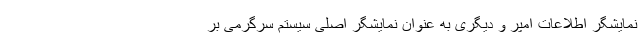
نمایشگر اطلاعات امپر و دیگری به عنوان نمایشگر اصلی سیستم سرگرمی بر